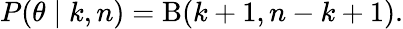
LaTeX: P(\theta\mid k,n)=\mathrm{\mathrm{B}}(k+1,n-k+1).